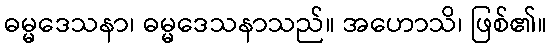
ဓမ္မဒေသနာ၊ ဓမ္မဒေသနာသည်။ အဟောသိ၊ ဖြစ်၏။